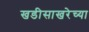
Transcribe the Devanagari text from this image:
खडीसाखरेच्या